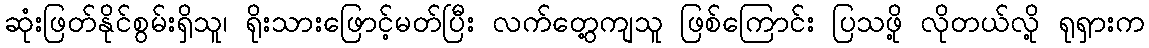
ဆုံးဖြတ်နိုင်စွမ်းရှိသူ၊ ရိုးသားဖြောင့်မတ်ပြီး လက်တွေ့ကျသူ ဖြစ်ကြောင်း ပြသဖို့ လိုတယ်လို့ ရုရှားက